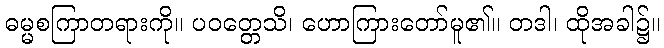
ဓမ္မစကြာတရားကို။ ပဝတ္တေသိ၊ ဟောကြားတော်မူ၏။ တဒါ၊ ထိုအခါ၌။